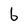
Character: 6